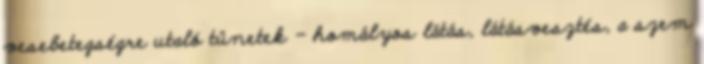
vesebetegségre utaló tünetek - homályos látás, látásvesztés, a szem